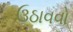
ઉઠાવવો